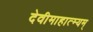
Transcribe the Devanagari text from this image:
देवीमाहात्म्यम्